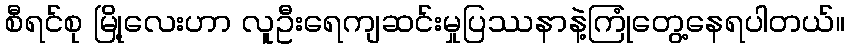
စီရင်စု မြို့လေးဟာ လူဦးရေကျဆင်းမှုပြဿနာနဲ့ကြုံတွေ့နေရပါတယ်။